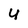
Character: 4